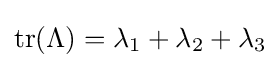
\mathrm {tr} (\Lambda )=\lambda _{1}+\lambda _{2}+\lambda _{3}